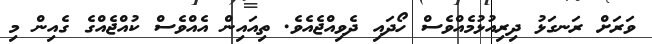
ވަރަށް ރަނގަޅު ދިރިއުޅުމެއްވެސް ހޯދައި ދެވިއްޖެއެވެ. ތިއައިން އެއްވެސް ކުއްޖެއްގެ ގެއިން މި